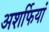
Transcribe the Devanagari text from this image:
अशर्फियां